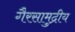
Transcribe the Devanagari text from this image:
गैरसामुद्रीय